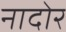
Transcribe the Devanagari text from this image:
नादोर